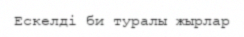
Ескелді би туралы жырлар